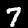
Digit: 7